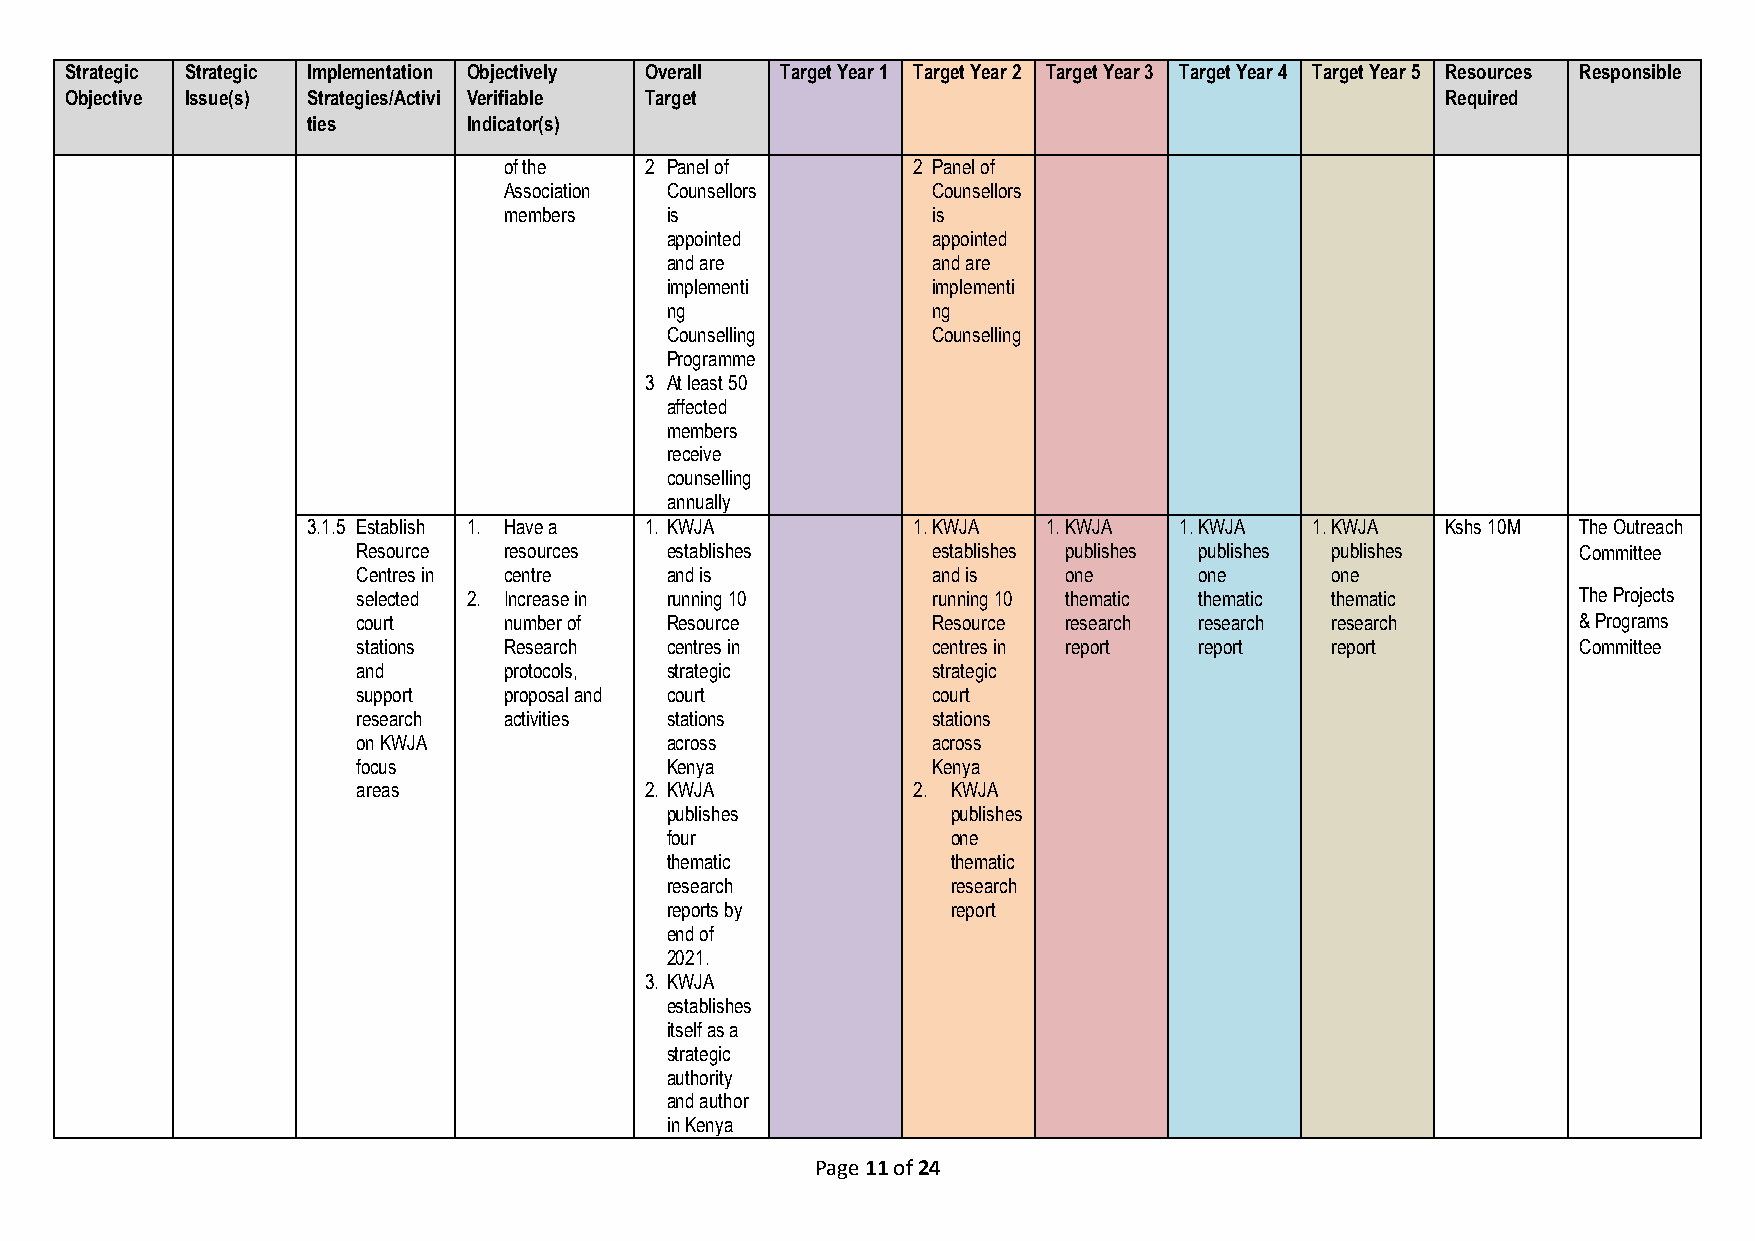
Strategic Strategic Implementation Objectively Overall Target Year 1 Target Year 2 Target Year 3 Target Year 4 Target Year 5 Resources Responsible
 Objective Issue(s) Strategies/Activi Verifiable Target                                      Required
 ties       Indicator(s)
 of the    2 Panel of       2 Panel of
 Association Counsellors      Counsellors
 members    is                is
 appointed         appointed
 and are           and are
 implementi        implementi
 ng                ng
 Counselling       Counselling
 Programme
 3 At least 50
 affected
 members
 receive
 counselling
 annually
 3.1.5 Establish 1. Have a 1. KWJA       1. KWJA  1. KWJA  1. KWJA  1. KWJA  Kshs 10M The Outreach
 Resource resources  establishes       establishes publishes publishes publishes  Committee
 Centres in centre   and is            and is  one      one      one
 selected 2. Increase in running 10    running 10 thematic thematic thematic      The Projects
 court    number of  Resource          Resource research research research        & Programs
 stations Research   centres in        centres in report report  report           Committee
 and      protocols, strategic         strategic
 support  proposal and court           court
 research activities stations          stations
 on KWJA             across            across
 focus               Kenya             Kenya
 areas              2. KWJA          2. KWJA
 publishes          publishes
 four               one
 thematic           thematic
 research           research
 reports by         report
 end of
 2021.
 3. KWJA
 establishes
 itself as a
 strategic
 authority
 and author
 in Kenya
 Page 11 of 24